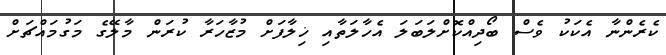
ކެރެންނާ އެކަކު ވެސް ބޯދިއްކޮށްލަބަލަ އެހާލަތާއި ޚިލާފަށް މުޒާހަރާ ކުރަން މާލޭގެ މަގުމައްޗަށް